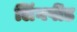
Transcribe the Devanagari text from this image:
लिंगपींड